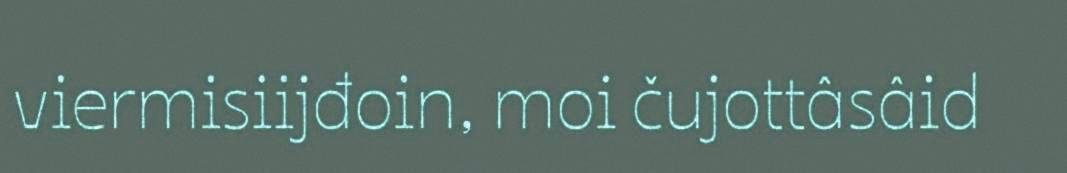
viermisiijđoin, moi čujottâsâid